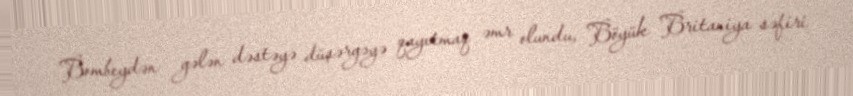
Bombeydən gələn dəstəyə düşərgəyə qayıtmaq əmr olundu, Böyük Britaniya səfiri